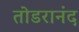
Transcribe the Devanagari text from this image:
तोडरानंद